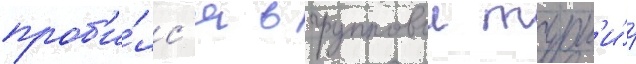
проб'и́лс'я в групповои турн'и́р